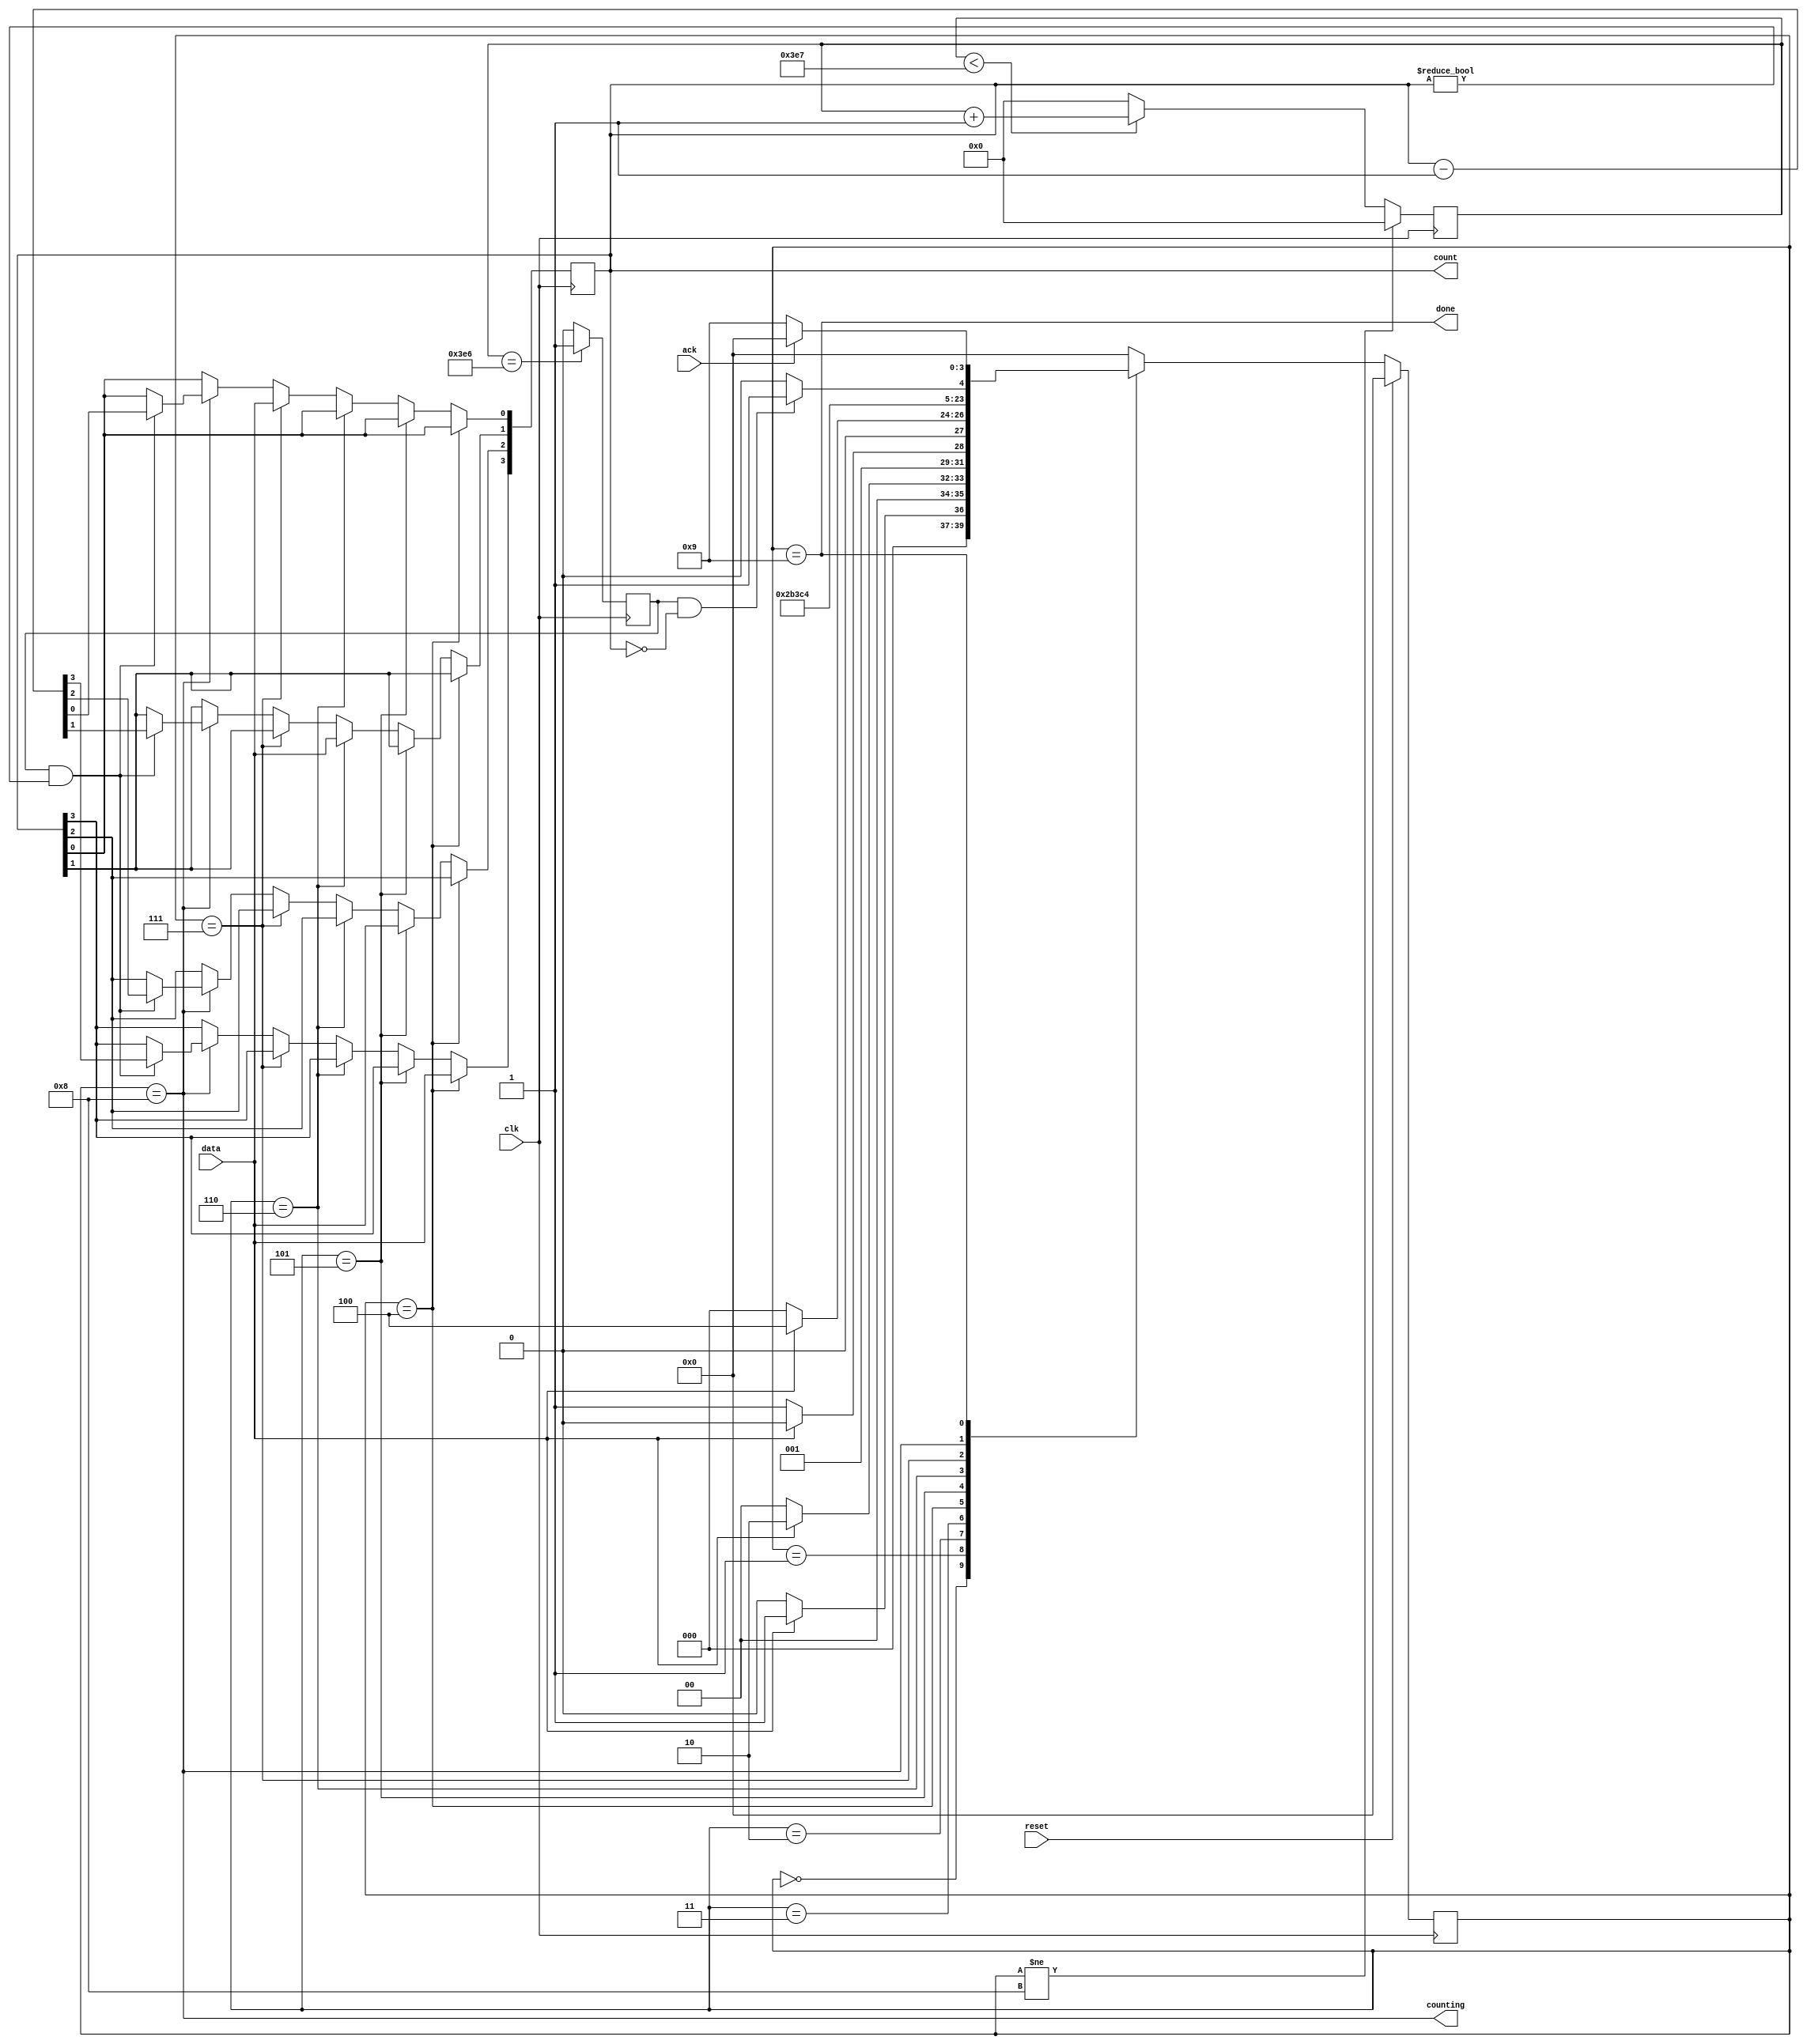
module top_module (
    input clk,
    input reset,      // Synchronous reset
    input data,
    output [3:0] count,
    output counting,
    output done,
    input ack );
    //FSM
    parameter s=4'd0,s1=4'd1,s11=4'd2,s110=4'd3,d0=4'd4,d1=4'd5,d2=4'd6,d3=4'd7,c=4'd8,wait_ack=4'd9;
    reg [3:0]state,next;
    always@(*)begin
        case(state)
            s   : next = data?s1:s;
            s1  : next = data?s11:s;
            s11 : next = data?s11:s110;
            s110: next = data?d0:s;
            d0: next = d1;
            d1: next = d2;
            d2: next = d3;
            d3: next = c;
            c: next = (c1000&count==0)?wait_ack:c;
            wait_ack: next = ack?s:wait_ack;
            default: next = s;
        endcase
    end
    always@(posedge clk)begin
        if(reset) state <= s;
        else state <= next;
    end
    // counter
    wire [9:0]q;
    reg c1000;
    always@(posedge clk)begin
        if(state!=c) begin 
            q<=10'b0;
        end else if(q<999) begin 
            q<=q+10'b1;
        end else begin 
            q<=10'b0;
        end
        if(q==998) c1000<=1'b1;
        else c1000<=1'b0;
    end
    //output
    always@(posedge clk)begin
        if(state==d0) count[3] <= data;
        else if(state==d1) count[2] <= data;
        else if(state==d2) count[1] <= data;
        else if(state==d3) count[0] <= data;
        else if(state==c) begin
            if(c1000 & count!=0) count <= count -1;
            else count <= count;
        end
    end
    assign counting = state==c;
    assign done = state==wait_ack;
endmodule